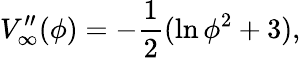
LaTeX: V_{\infty}^{\prime\prime}(\phi)=-\frac{1}{2}(\ln\phi^{2}+3),